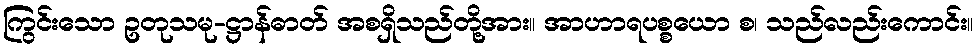
ကြွင်းသော ဥတုသမု-ဋ္ဌာန်ဓာတ် အစရှိသည်တို့အား။ အာဟာရပစ္စယော စ၊ သည်လည်းကောင်း။